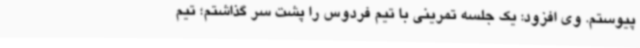
پیوستم. وی افزود: یک جلسه تمرینی با تیم فردوس را پشت سر گذاشتم؛ تیم